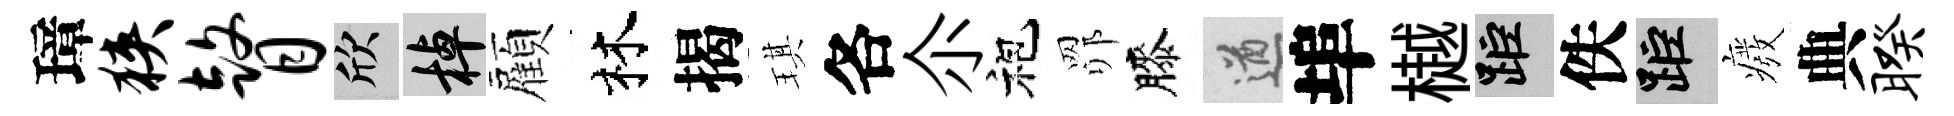
璋狭瞽欣棹顏林揭琪各尒袍𦊑膝遒埠樾距佚距癈典暌